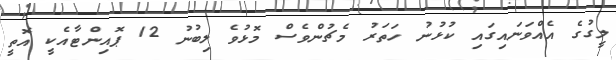
ލީގުގެ އެއްވަނައިގައި ކުޅުނު ހަތަރު މެޗުންވެސް މޮޅުވެ ލިބުނު 12 ޕޮއިންޓާއެކީ އޮތީ